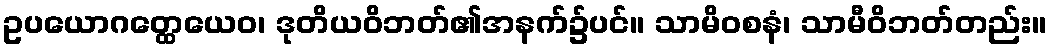
ဥပယောဂတ္ထေယေဝ၊ ဒုတိယဝိဘတ်၏အနက်၌ပင်။ သာမိဝစနံ၊ သာမီဝိဘတ်တည်း။